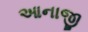
આનાજી